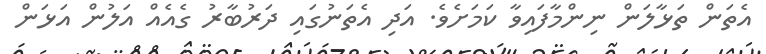
އެތަން ތަޅާލަން ނިންމާފައިވާ ކަމަށެވެ. އަދި އެތަނުގައި ދަރުބާރު ގެއެއް އަލުން އަޅަން